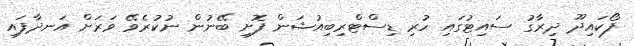
ފޯކައިދޫ ދިރާގު ސައިޓުގައި ހުރި ޑިސްޓްރިބިއުޝަން ފޮށި ބޭނުން ނުކުރެވޭ ވަރަށް އަނދާފައި